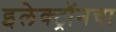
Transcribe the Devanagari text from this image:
इलेक्ट्रॉनचा